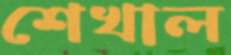
শেখাল